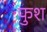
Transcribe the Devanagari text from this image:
फुश